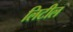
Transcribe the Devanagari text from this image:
लिटील